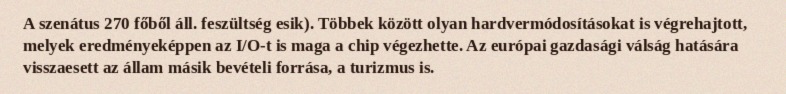
A szenátus 270 főből áll. feszültség esik). Többek között olyan hardvermódosításokat is végrehajtott, melyek eredményeképpen az I/O-t is maga a chip végezhette. Az európai gazdasági válság hatására visszaesett az állam másik bevételi forrása, a turizmus is.